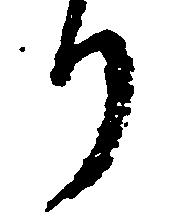
り